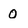
Character: 0